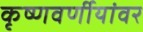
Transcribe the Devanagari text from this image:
कृष्णवर्णीयांवर